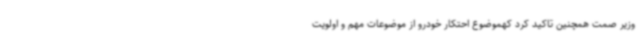
وزیر صمت همچنین تاکید کرد کهموضوع احتکار خودرو از موضوعات مهم و اولویت